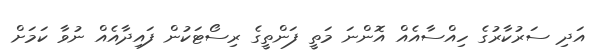
އަދި ސަރުކާރުގެ ހިއްސާއެއް އޮންނަ މަތީ ފަންތީގެ ރިސޯޓަކުން ފައިދާއެއް ނުވާ ކަމަށް